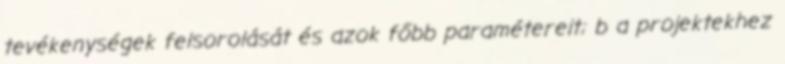
tevékenységek felsorolását és azok főbb paramétereit; b a projektekhez